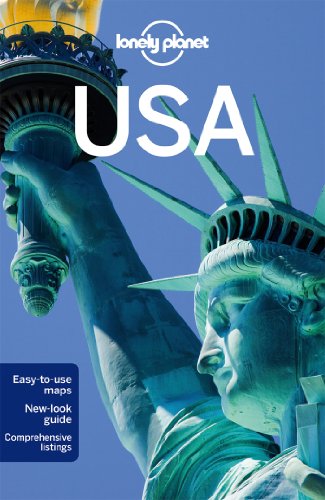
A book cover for Lonely Planet USA (Travel Guide); Lonely Planet; Travel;